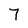
Character: 7